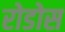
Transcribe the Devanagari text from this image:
रोडोस